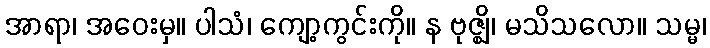
အာရာ၊ အဝေးမှ။ ပါသံ၊ ကျော့ကွင်းကို။ န ဗုဇ္ဈိ၊ မသိသလော။ သမ္မ၊